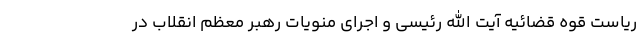
ریاست قوه قضائیه آیت الله رئیسی و اجرای منویات رهبر معظم انقلاب در